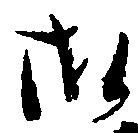
御